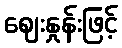
ဈေးနှုန်းဖြင့်